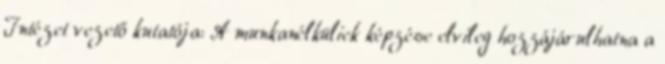
Intézet vezető kutatója: A munkanélküliek képzése elvileg hozzájárulhatna a